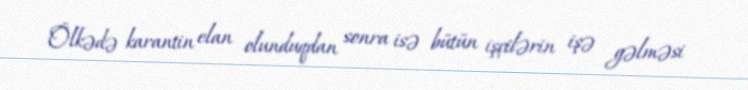
Ölkədə karantin elan olunduqdan sonra isə bütün işçilərin işə gəlməsi